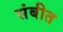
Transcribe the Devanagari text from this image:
संबीत